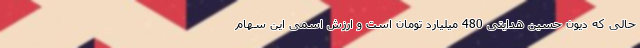
حالی که دیون حسین هدایتی 480 میلیارد تومان است و ارزش اسمی این سهام